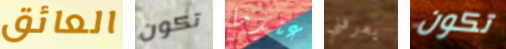
العائق تكون عندما يعرفني تكون